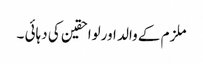
ملزم کے والد اورلواحقین کی دہائی ۔